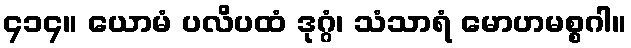
၄၁၄။ ယောမံ ပလိပထံ ဒုဂ္ဂံ၊ သံသာရံ မောဟမစ္စဂါ။